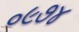
૦૯૭૪